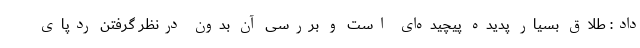
داد: طلاق بسیار پدیده پیچیده‌ای است و بررسی آن بدون درنظر گرفتن ردپای